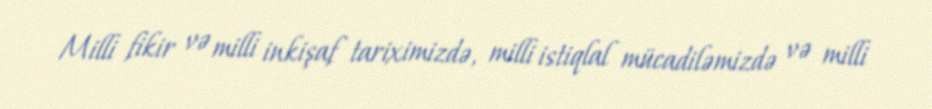
Milli fikir və milli inkişaf tariximizdə, milli istiqlal mücadiləmizdə və milli